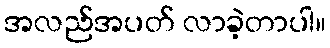
အလည်အပတ် လာခဲ့တာပါ။